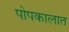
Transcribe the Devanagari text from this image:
पोपकालात